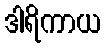
ဒါရိကာယ